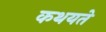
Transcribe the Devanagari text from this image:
कथयते